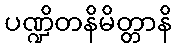
ပဏ္ဍိတနိမိတ္တာနိ